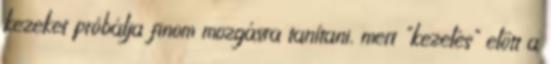
kezeket próbálja finom mozgásra tanítani, mert "kezelés" előtt a